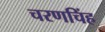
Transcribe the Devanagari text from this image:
चरणचिंह